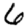
Digit: 6